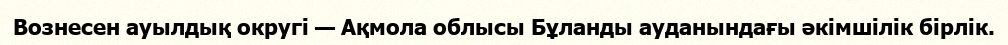
Вознесен ауылдық округі — Ақмола облысы Бұланды ауданындағы әкімшілік бірлік.